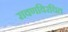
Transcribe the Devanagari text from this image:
रावणविरचित